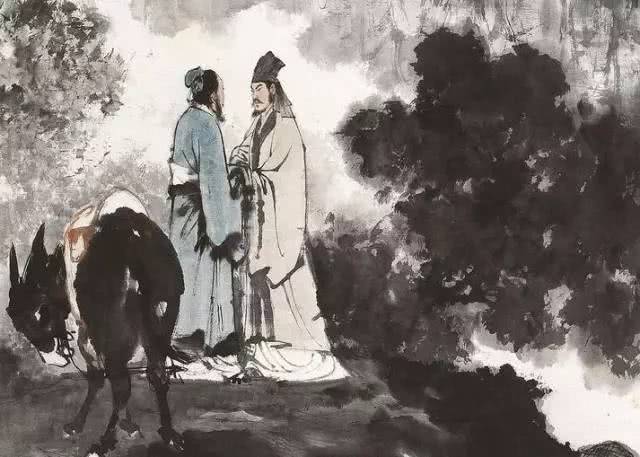
撩乱边愁听不尽，高高秋月照长城。